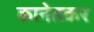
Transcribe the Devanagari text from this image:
कानेतकर